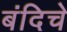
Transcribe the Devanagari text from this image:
बंदिचे